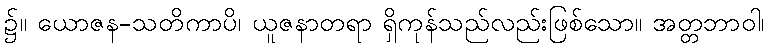
၌။ ယောဇန-သတိကာပိ၊ ယူဇနာတရာ ရှိကုန်သည်လည်းဖြစ်သော။ အတ္တဘာဝါ၊